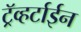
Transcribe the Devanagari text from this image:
ट्रॅव्हर्टाईन